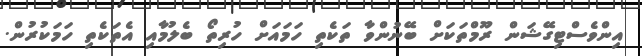
އިންވެސްޓިގޭޝަން ރޫމްތަކަށް ބޭނުންވާ ތަކެތި ހަމައަށް ހުރިތޯ ބެލުމާއި އެތަކެތި ހަމަކުރުން.